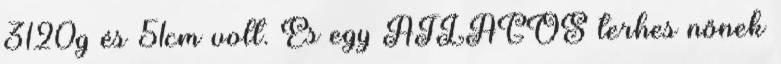
3120g és 51cm volt. És egy ÁTLAGOS terhes nőnek